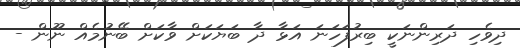
ދިވެހި ދަރިންނަކީ ބިރުފަހަނަ އަޅާ ދާ ބަޔަކަށް ވާކަށް ބޭނުމެއް ނޫން -